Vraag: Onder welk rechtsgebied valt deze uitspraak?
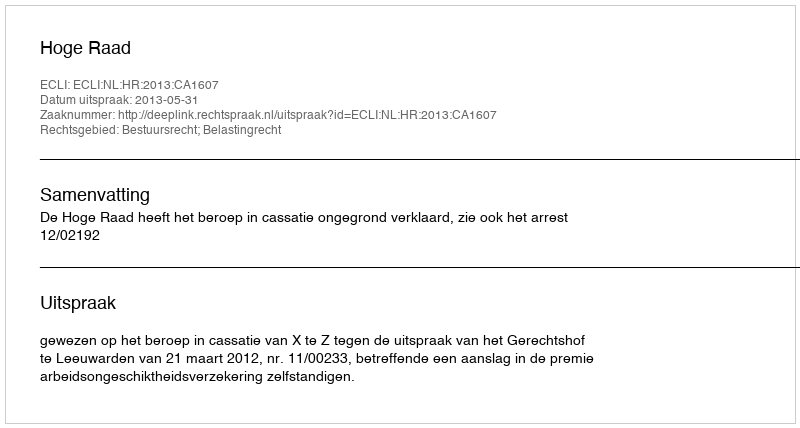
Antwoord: Bestuursrecht; Belastingrecht